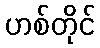
ဟစ်တိုင်